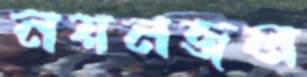
নয়নজল